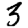
Digit: 3